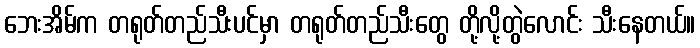
ဘေးအိမ်က တရုတ်တည်သီးပင်မှာ တရုတ်တည်သီးတွေ တို့လို့တွဲလောင်း သီးနေတယ်။